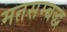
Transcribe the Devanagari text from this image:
मतसम्बद्ध